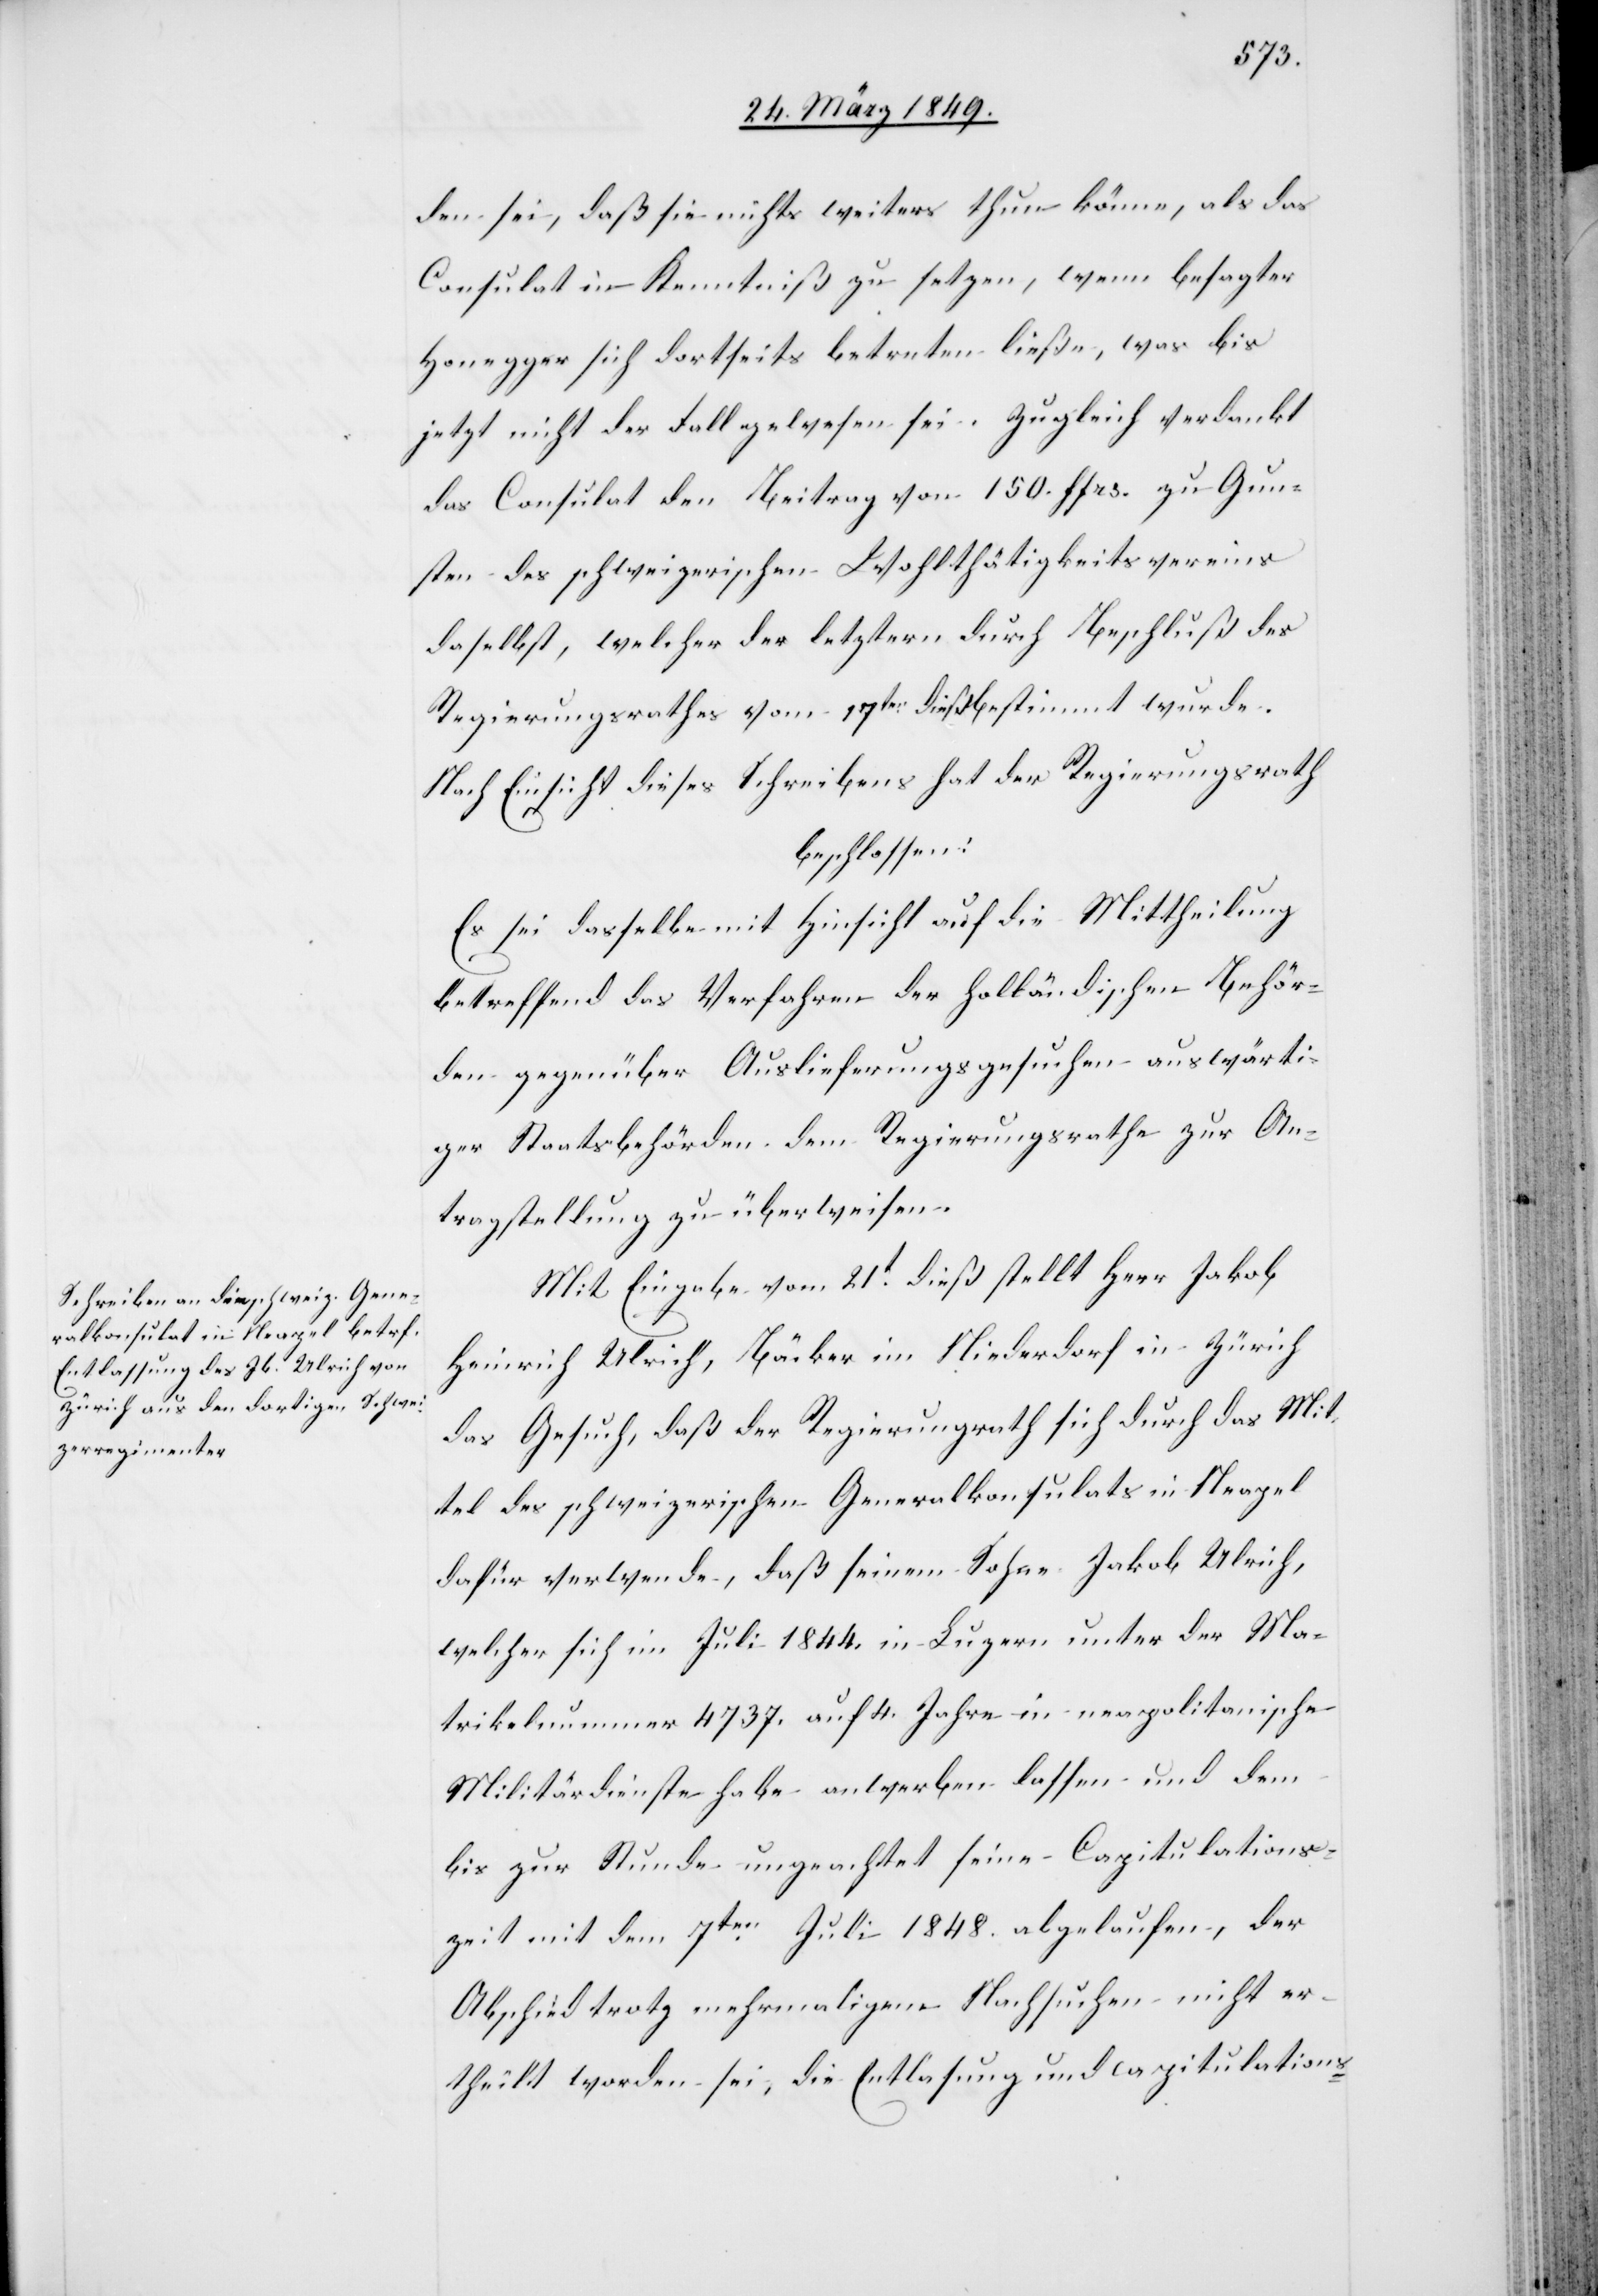
den sei, daß sie nichts weiters thun könne, als das
Consulat in Kenntniß zu setzen, wenn besagter
Honegger sich dortseits betreten [sic!] ließe, was bis
jetzt nicht der Fall gewesen sei. Zugleich verdankt
das Consulat den Beitrag von 150. ffrs. zu Gun¬
sten des schweizerischen Wohlthätigkeitsvereins
daselbst, welcher der [sic!] letztern durch Beschluß des
Regierungsrathes vom 17ten. dieß bestimmt wurde.
Nach Einsicht dieses Schreibens hat der Regierungsrath
beschlossen:
Es sei dasselbe mit Hinsicht auf die Mittheilung
betreffend das Verfahren der holländischen Behör¬
den gegenüber Auslieferungsgesuchen auswärti¬
ger Staatsbehörden dem Regierungsrathe zur An¬
tragstellung zu überweisen.
Mit Eingabe vom 21t. dieß stellt Herr Jakob
Heinrich Ulrich, Bäcker im Niederdorf in Zürich
das Gesuch, daß der Regierungsrath sich durch das Mit¬
tel des schweizerischen Generalkonsulats in Neapel
dafür verwende, daß seinem Sohne Jakob Ulrich,
welcher sich im Juli 1844. in Luzern unter der Ma¬
trikelnummer 4737. auf 4. Jahre in neapolitanische
Militärdienste habe anwerben lassen und dem
bis zur Stunde ungeachtet seine Capitulations¬
zeit mit dem 7ten. Juli 1848. abgelaufen, der
Abschied trotz mehrmaligem Nachsuchen nicht er¬
theilt worden sei, die Entlasung [sic!] und capitulations-